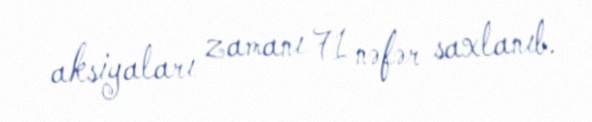
aksiyaları zamanı 71 nəfər saxlanıb.